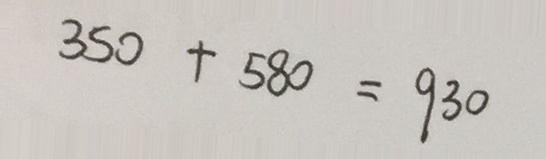
3 5 0 + 5 8 0 = 9 3 0